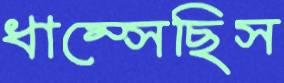
ধাম্‌সেছিস